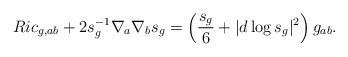
LaTeX: \begin{align*}Ric_{g,ab}+2s_g^{-1}\nabla_a\nabla_bs_g=\left(\frac{s_g}{6}+|d\log s_g|^2\right)g_{ab}.\end{align*}